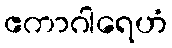
ဧကာဂါရေဟံ